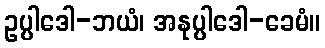
ဥပ္ပါဒေါ-ဘယံ၊ အနုပ္ပါဒေါ-ခေမံ။